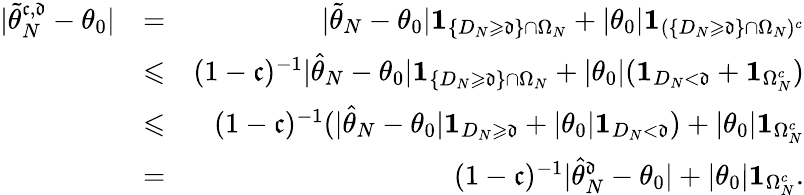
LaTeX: \begin{array}{rlr}{|\widetilde\theta_{N}^{\mathfrak c,\mathfrak d}-\theta_{0}|}&{=}&{|\widetilde\theta_{N}-\theta_{0}|\mathbf 1_{\{ D_{N}\geqslant\mathfrak d\} \cap\Omega_{N}}+|\theta_{0}|\mathbf 1_{(\{ D_{N}\geqslant\mathfrak d\} \cap\Omega_{N})^{c}}}\\ &{\leqslant}&{(1-\mathfrak c)^{-1}|\widehat\theta_{N}-\theta_{0}|\mathbf 1_{\{ D_{N}\geqslant\mathfrak d\} \cap\Omega_{N}}+|\theta_{0}|(\mathbf 1_{D_{N}<\mathfrak d}+\mathbf 1_{\Omega_{N}^{c}})}\\ &{\leqslant}&{(1-\mathfrak c)^{-1}(|\widehat\theta_{N}-\theta_{0}|\mathbf 1_{D_{N}\geqslant\mathfrak d}+|\theta_{0}|\mathbf 1_{D_{N}<\mathfrak d})+|\theta_{0}|\mathbf 1_{\Omega_{N}^{c}}}\\ &{=}&{(1-\mathfrak c)^{-1}|\widehat\theta_{N}^{\mathfrak d}-\theta_{0}|+|\theta_{0}|\mathbf 1_{\Omega_{N}^{c}}.}\end{array}